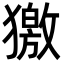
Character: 獥